Vaccination in Bombay 1889-1901 - 1889-1901
Year: 1889
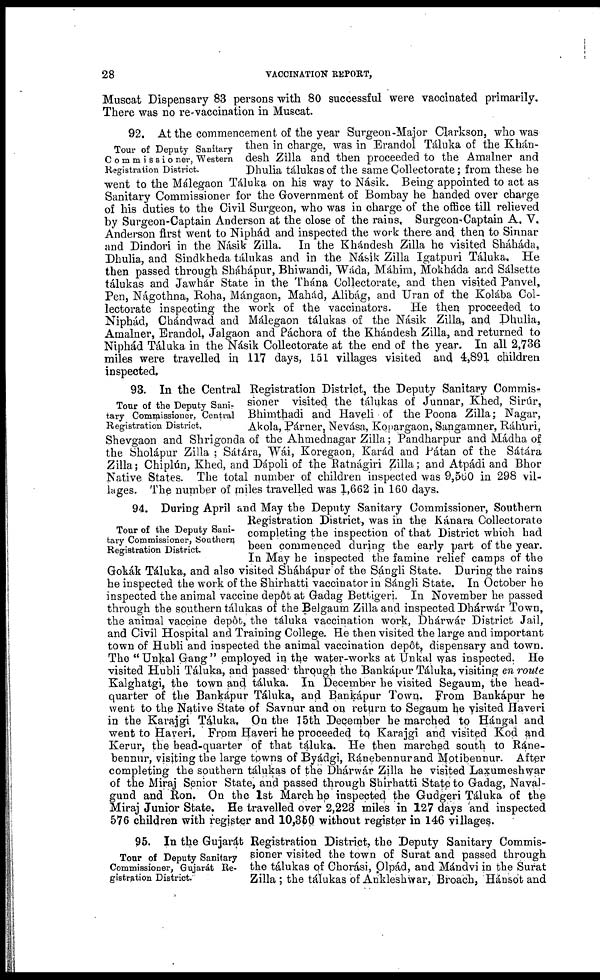
28
VACCINATION REPORT,
Muscat Dispensary 83 persons with 80 successful were vaccinated primarily.
There was no re-vaccination in Muscat.
Tour of Deputy Sanitary
Commissioner, Western
Registration District.
92. At the commencement of the year Surgeon-Major Clarkson, who was
then in charge, was in Erandol Táluka of the Khán¬
desh Zilla and then proceeded to the Amalner and
Dhulia tálukas of the same Collectorate; from these he
went to the Málegaon Táluka on his way to Násik. Being appointed to act as
Sanitary Commissioner for the Government of Bombay he handed over charge
of his duties to the Civil Surgeon, who was in charge of the office till relieved
by Surgeon-Captain Anderson at the close of the rains. Surgeon- Captain A, V,
Anderson first went to Niphád and inspected the work there and then to Sinnar
and Dindori in the Násik Zilla. In the Khándesh Zilla he visited Sháháda,
Dhulia, and Sindkheda tálukas and in the Násik Zilla Igatpuri Táluka, He
then passed through Sháhápur, Bhiwandi, Wáda, Máhim, Mokháda and Sálsette
tálukas and Jawhár State in the Thána Collectorate, and then visited Panvel,
Pen, Nágothna, Roha, Mángaon, Mahád, Alibág, and Uran of the Kolába Col-
lectorate inspecting the work of the vaccinators.
He then proceeded to
Niphád, Chándwad and Málegaon tálukas of the Násik Zilla, and Dhulia,
Amalner, Erandol, Jalgaon and Páchora of the Khándesh Zilla, and returned to
Niphád Táluka in the Násik Collectorate at the end of the year. In all 2,736
miles were travelled in 117 days, 151 villages visited and 4,891 children
inspected.
Tour of the Deputy Sani¬
tary Commissioner, Central
Registration District.
93. In the Central Registration District, the Deputy Sanitary Commis¬
sioner visited the tálukas of Junnar, Khed, Sirúr,
Bhimthadi and Haveli of the Poona Zilla; Nagar,
Akola, Párner, Nevása, Kopargaon, Sangamner, Ráhuri,
Shevgaon and Shrigonda of the Ahmednagar Zilla; Pandharpur and Mádha of
the Sholápur Zilla ; Sátára, Wái, Koregaon, Karád and Pátan of the Sátára
Zilla; Chiplún, Khed, and Dápoli of the Batnágiri Zilla; and Atpádi and Bhor
Native States. The total number of children inspected was 9,560 in 298 vil-
lages. The number of miles travelled was 1,662 in 160 days.
94. During April and May the Deputy Sanitary Commissioner, Southern
Registration District, was in the Kánara Collectorate
completing the inspection of that District which had
been commenced during the early part of the year.
In May he inspected the famine relief camps of the
Gokák Táluka, and also visited Sháhápur of the Sángli State. During the rains
he inspected the work of the Shirhatti vaccinator in Sángli State. In October he
inspected the animal vaccine depôt at Gadag Bettigeri. In November he passed
through the southern tálukas of the Belgaum Zilla and inspected Dhárwár Town,
the animal vaccine depôt, the táluka vaccination work, Dhárwár District Jail,
and Civil Hospital and Training College. He then visited the large and important
town of Hubli and inspected the animal vaccination depôt, dispensary and town.
The " Unkal Gang " employed in the water-works at Unkal was inspected. He
visited Hubli Táluka, and passed through the Bankápur Táluka, visiting en route
Kalghatgi, the town and táluka. In December he visited Segaum, the head-
quarter of the Bankápur Táluka, and Bankápur Town. From Bankápur he
went to the Native State of Savnur and on return to Segaum he visited Haveri
in the Karajgi Táluka, On the 15th December he marched to Hángal and
went to Haveri. From Haveri he proceeded to Karajgi and visited Kod and
Kerur, the head-quarter of that táluka. He then marched south to Ráne¬
bennur, visiting the large towns of Byádgi, Ránebennur and Motibennur. After
completing the southern tálukas of the Dhárwár Zilla he visited Laxumeshwar
of the Miraj Senior State, and passed through Shirhatti State to Gadag, Naval¬
gund and Ron. On the 1st March he inspected the Gudgeri Táluka of the
Miraj Junior State. He travelled over 2,223 miles in 127 days and inspected
576 children with register and 10,350 without register in 146 villages.
Tour of the Deputy Sani-
tary Commissioner, Southern
Registration District.
Tour of Deputy Sanitary
Commissioner, Gujarát Re-
gistration District.
95. In the Gujarát Registration District, the Deputy Sanitary Commis-
sioner visited the town of Surat and passed through
the tálukas of Chorási, Olpád, and Mándvi in the Surat
Zilla ; the tálukas of Ankleshwar, Broach, Hánsot and